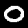
Digit: 0